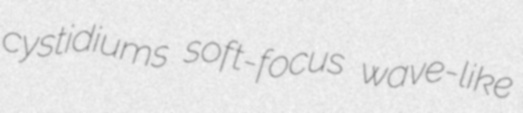
cystidiums soft-focus wave-like